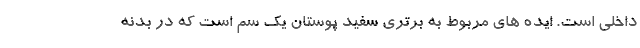
داخلی است. ایده های مربوط به برتری سفید پوستان یک سم است که در بدنه